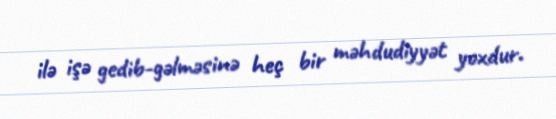
ilə işə gedib-gəlməsinə heç bir məhdudiyyət yoxdur.